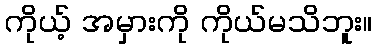
ကိုယ့် အမှားကို ကိုယ်မသိဘူး။